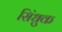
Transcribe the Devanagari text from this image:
सिंधुक